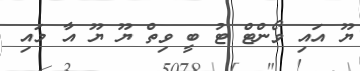
ޔޫ އައި ވޯންޓް ޓު ބީ ވިތް ޔޫ ޔޫ އާ މައި